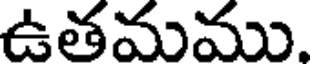
ఉతమము.